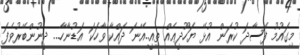
މިގައުމު ފަސާދަ ކުރަން އުޅޭ ޔަހޫދީޢެއް ތިއީ..އޭނަ ދައްކާ ވާހަކަ އަޑުނާހާ... ދީނުންބޭރުވެފަ